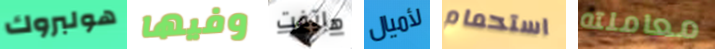
هولبروك وفيها هاتفت لأميال استحمام معاملته